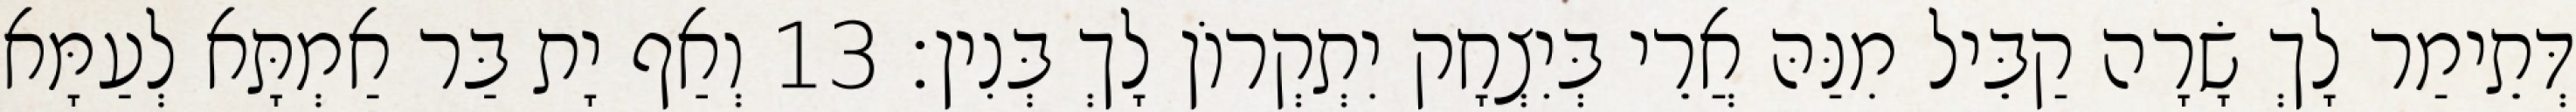
דְּתֵימַר לָךְ שָׂרָה קַבֵּיל מִנַּהּ אֲרֵי בְּיִצְחָק יִתְקְרוֹן לָךְ בְּנִין׃ 13 וְאַף יָת בַּר אַמְתָּא לְעַמָּא